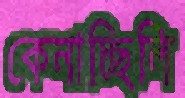
কেনাচ্ছিলি